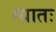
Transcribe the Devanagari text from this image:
ग्यातः